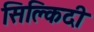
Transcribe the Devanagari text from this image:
सिक्लिदी